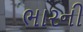
ભારની